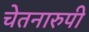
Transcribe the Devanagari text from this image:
चेतनारुपी